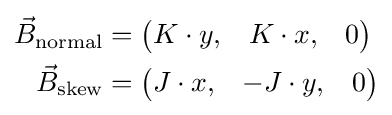
{\begin{aligned}{\vec {B}}_{\text{normal}}&=\left({\begin{matrix}K\cdot y,&K\cdot x,&0\end{matrix}}\right)\\{\vec {B}}_{\text{skew}}&=\left({\begin{matrix}J\cdot x,&-J\cdot y,&0\end{matrix}}\right)\\\end{aligned}}